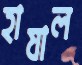
হাযাল